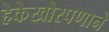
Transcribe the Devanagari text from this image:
हेकेखोरपणाने